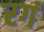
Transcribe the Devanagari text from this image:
रगं